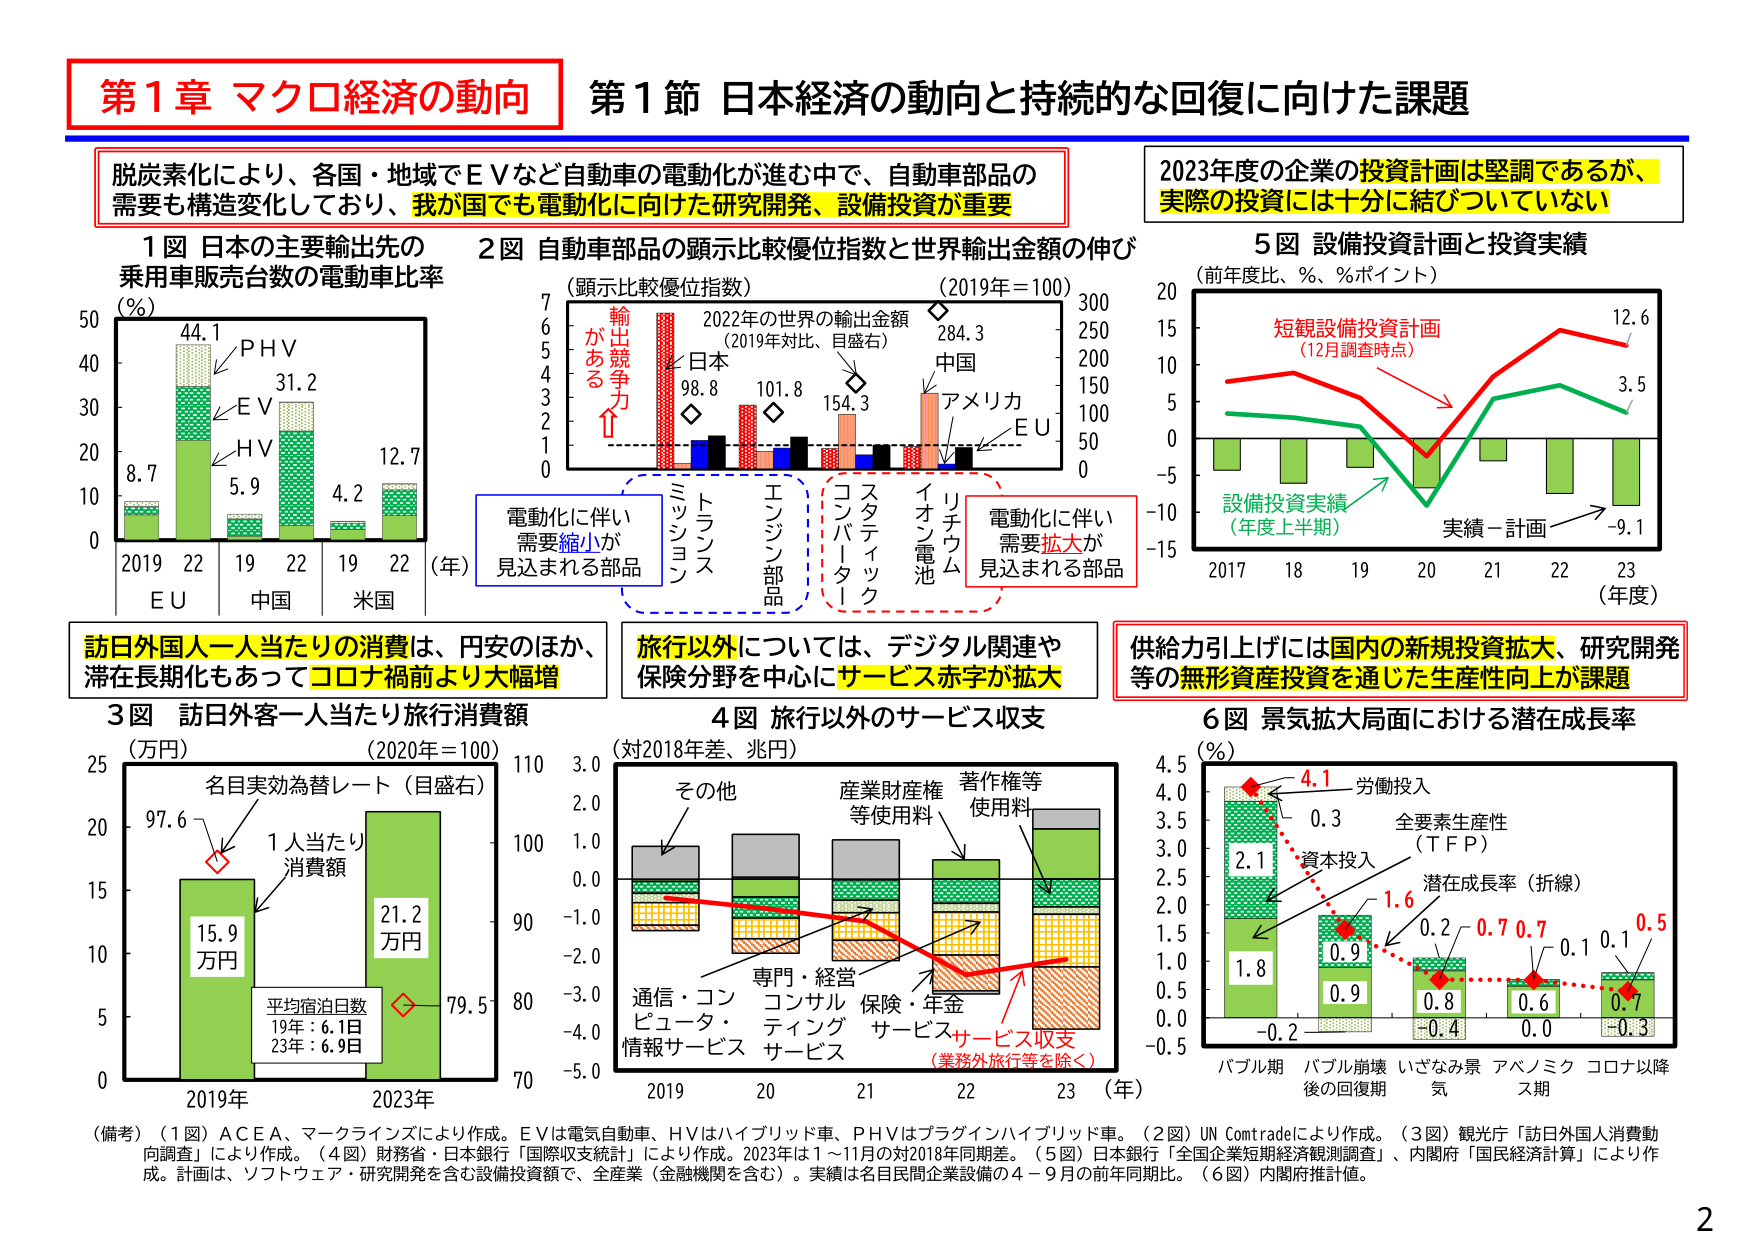
第1章 マクロ経済の動向
第1節 日本経済の動向と持続的な回復に向けた課題

脱炭素化により、各国・地域でＥＶなど自動車の電動化が進む中で、自動車部品の需要も構造変化しており、我が国でも電動化に向けた研究開発、設備投資が重要

2023年度の企業の投資計画は堅調であるが、実際の投資には十分に結びついていない

1図 日本の主要輸出先の乗用車販売台数の電動車比率
（％）
44.1
ＰＨＶ
31.2
ＥＶ
5.9
ＨＶ
4.2
12.7
2019 22 19 22 19 22 （年）
ＥＵ 中国 米国
8.7

2図 自動車部品の顕示比較優位指数と世界輸出金額の伸び
（顕示比較優位指数）
（2019年＝100）
7
6
5
4
3
2
1
0
輸出競争力がある
日本
98.8
ミッション
トランス
エンジン部品
コンバーター
スタティック
イオン電池
リチウム
中国
284.3
アメリカ
154.3
ＥＵ
101.8
2022年の世界の輸出金額
（2019年対比、目盛右）
300
250
200
150
100
50
0
電動化に伴い需要縮小が見込まれる部品
電動化に伴い需要拡大が見込まれる部品

5図 設備投資計画と投資実績
（前年度比、％、％ポイント）
20
15
10
5
0
-5
-10
-15
短観設備投資計画
（12月調査時点）
設備投資実績
（年度上半期）
実績－計画
12.6
3.5
-9.1
2017 18 19 20 21 22 23 （年度）

訪日外国人一人当たりの消費は、円安のほか、滞在長期化もあってコロナ禍前より大幅増

旅行以外については、デジタル関連や保険分野を中心にサービス赤字が拡大

供給力引上げには国内の新規投資拡大、研究開発等の無形資産投資を通じた生産性向上が課題

3図 訪日外客一人当たり旅行消費額
（万円）
（2020年＝100）
25
20
15
10
5
0
名目実効為替レート（目盛右）
97.6
1人当たり消費額
15.9
万円
21.2
万円
平均宿泊日数
19年：6.1日
23年：6.9日
79.5
2019年 2023年
110
100
90
80
70

4図 旅行以外のサービス収支
（対2018年差、兆円）
その他
産業財産権等使用料
著作権等使用料
通信・コンピュータ・情報サービス
専門・経営コンサルティングサービス
保険・年金サービス
サービス収支
（業務外旅行等を除く）
2019 20 21 22 23 （年）

6図 景気拡大局面における潜在成長率
（％）
4.5
4.0
3.5
3.0
2.5
2.0
1.5
1.0
0.5
0.0
-0.5
4.1 労働投入
0.3
2.1
1.8
0.9
0.9
0.8
0.6
0.7
0.3
0.2
0.7 0.7 0.1 0.1 0.5
全要素生産性（ＴＦＰ）
潜在成長率（折線）
資本投入
1.6
-0.2
バブル期
バブル崩壊後の回復期
いざなみ景気
アベノミクス期
コロナ以降

（備考）（1図）ＡＣＥＡ、マークラインズにより作成。ＥＶは電気自動車、ＨＶはハイブリッド車、ＰＨＶはプラグインハイブリッド車。（2図）ＵＮ Ｃｏｍｔｒａｄｅにより作成。（3図）観光庁「訪日外国人消費動向調査」により作成。（4図）財務省・日本銀行「国際収支統計」により作成。2023年は1～11月の対2018年同期差。（5図）日本銀行「全国企業短期経済観測調査」、内閣府「国民経済計算」により作成。計画は、ソフトウェア・研究開発を含む設備投資額で、全産業（金融機関を含む）。実績は名目民間企業設備の4～9月の前年同期比。（6図）内閣府推計値。

2